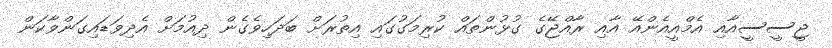
ޖީސީސީއާއި އެމްއީއެންއޭ އާއި ރާއްޖޭގެ ގުޅުންތައް ކުރިމަގުގައި އިތުރަށް ބަދަހިވެގެން ދިއުމަށް އެދިވަޑައިގަންވާކަން